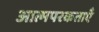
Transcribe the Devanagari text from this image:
आत्मपरकताएँ